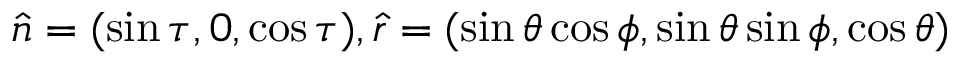
\hat { n } = ( \sin \tau , 0 , \cos \tau ) , \hat { r } = ( \sin \theta \cos \phi , \sin \theta \sin \phi , \cos \theta )